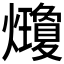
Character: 𤓇